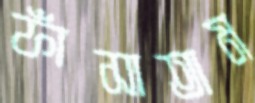
ফাঁসাতাম